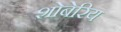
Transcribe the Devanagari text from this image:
शोबेरिय